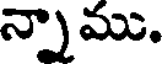
న్నాము.